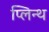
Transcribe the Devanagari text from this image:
प्लिन्थ